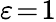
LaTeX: \varepsilon\! =\! 1